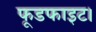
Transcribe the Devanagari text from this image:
फूडफाइट।